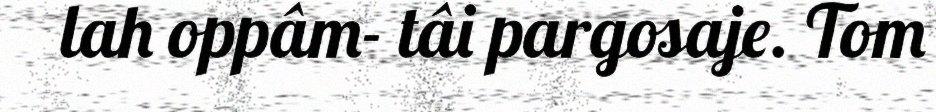
lah oppâm- tâi pargosaje. Tom